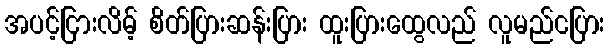
အပင့်ငြားလိမ့် စိတ်ပြားဆန်းပြား ထူးပြားထွေလည် လူမည်ငပြား